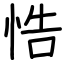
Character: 悎